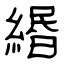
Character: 緡